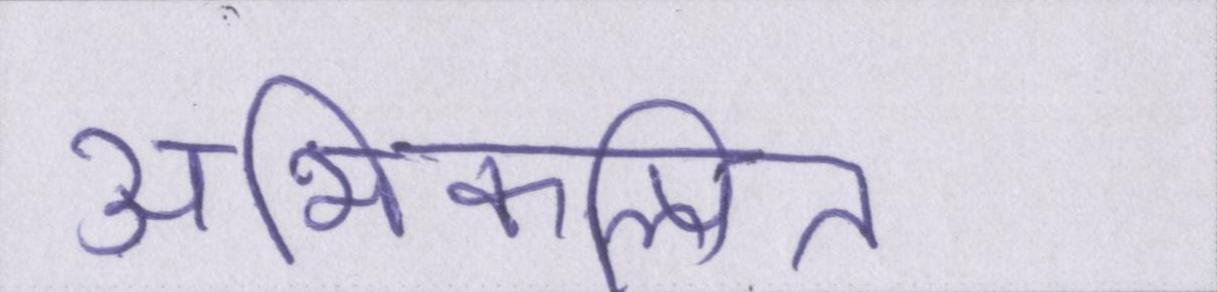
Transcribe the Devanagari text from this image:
अभिकल्पित